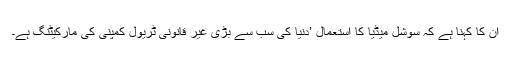
ان کا کہنا ہے کہ سوشل میڈیا کا استعمال ’دنیا کی سب سے بڑی غیر قانونی ٹریول کمپنی کی مارکیٹنگ ہے۔